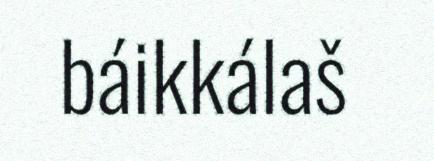
báikkálaš